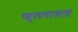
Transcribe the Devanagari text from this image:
फुलपात्रात